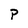
Character: p